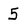
Character: 5